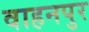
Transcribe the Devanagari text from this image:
वाहनपुर